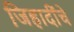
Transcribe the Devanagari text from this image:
जिहादींचे